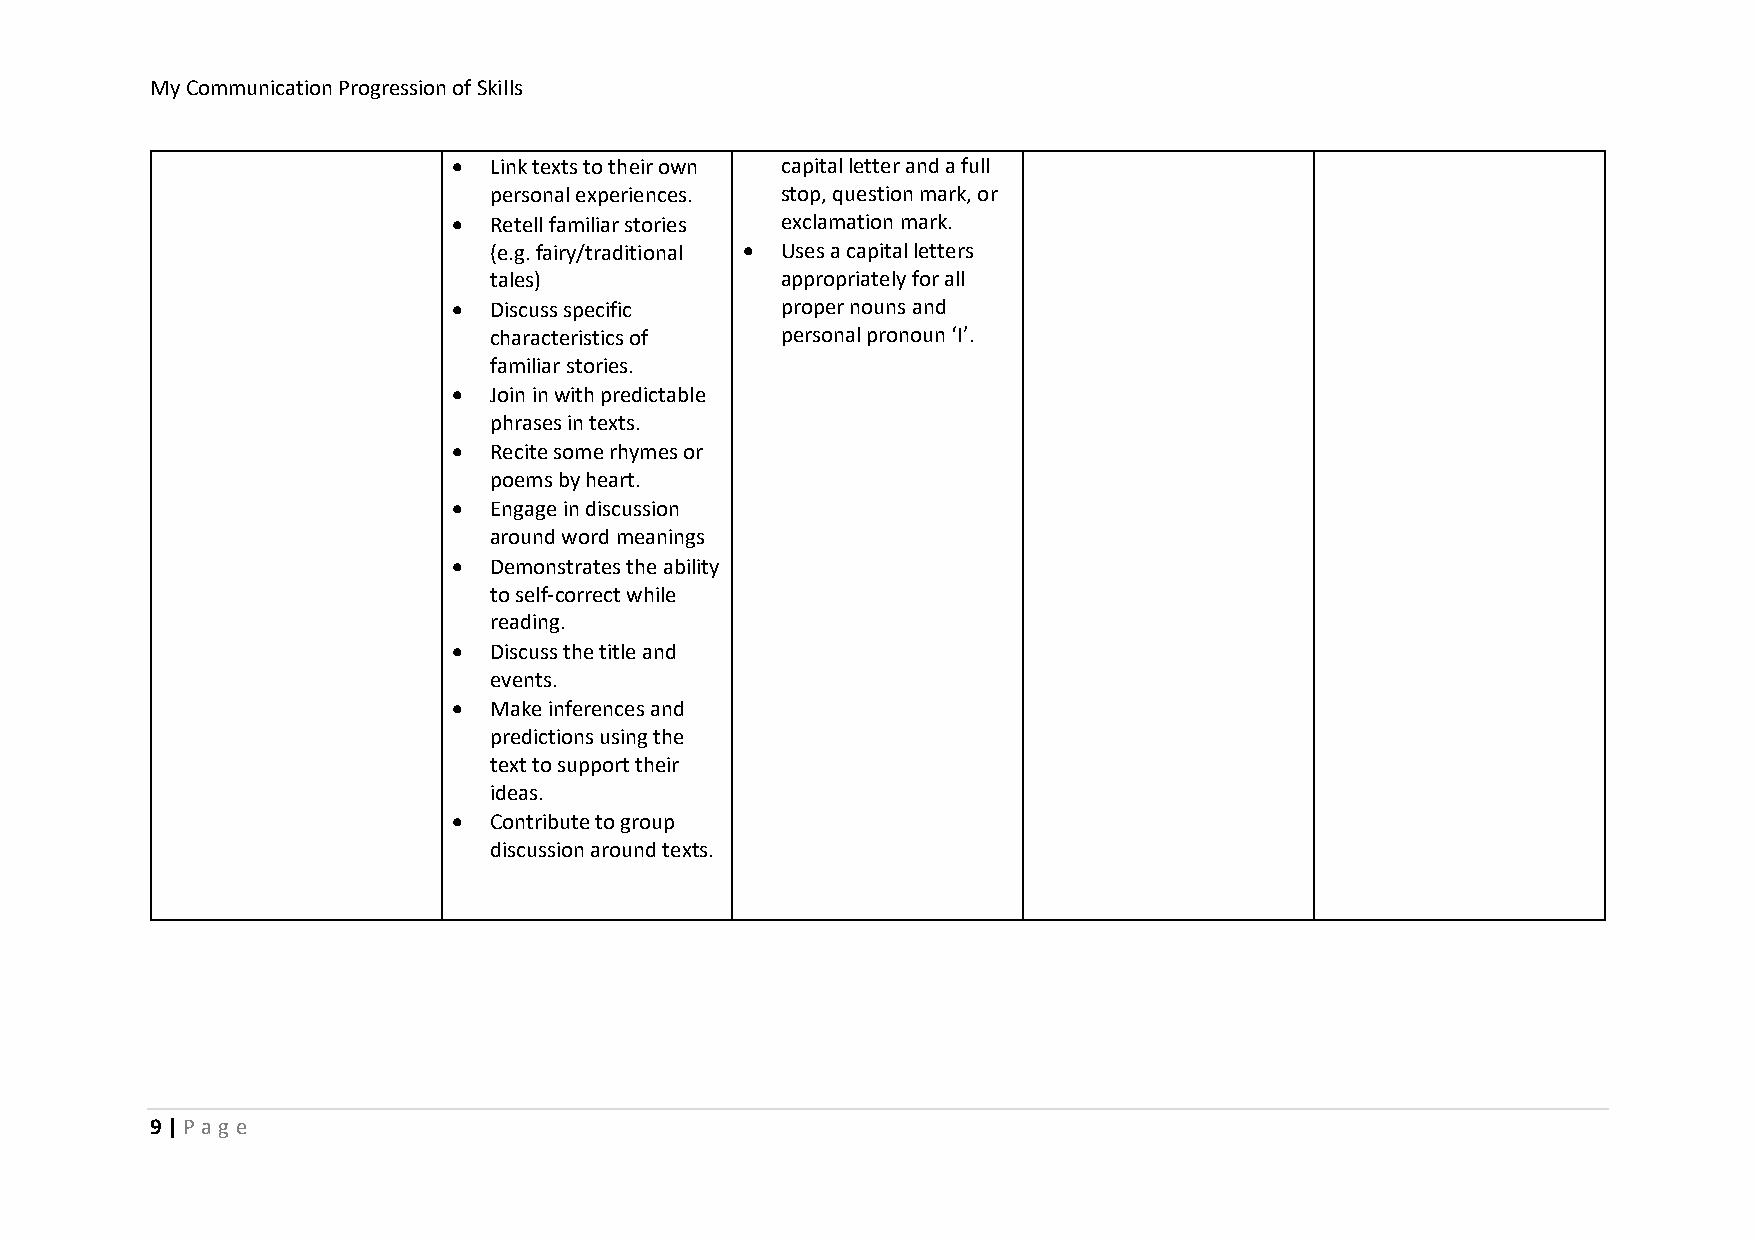
My Communication Progression of Skills
 • Link texts to their own capital letter and a full
 personal experiences. stop, question mark, or
 • Retell familiar stories exclamation mark.
 (e.g. fairy/traditional • Uses a capital letters
 tales)              appropriately for all
 • Discuss specific    proper nouns and
 characteristics of  personal pronoun ‘I’.
 familiar stories.
 • Join in with predictable
 phrases in texts.
 • Recite some rhymes or
 poems by heart.
 • Engage in discussion
 around word meanings
 • Demonstrates the ability
 to self-correct while
 reading.
 • Discuss the title and
 events.
 • Make inferences and
 predictions using the
 text to support their
 ideas.
 • Contribute to group
 discussion around texts.
 9 | P ag e